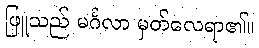
ဖြူသည် မင်္ဂလာ မှတ်လေရာ၏။